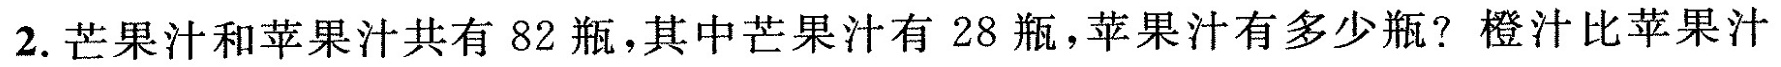
2.芒果汁和苹果汁共有82瓶，其中芒果汁有28瓶，苹果汁有多少瓶?橙汁比苹果汁